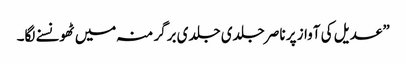
” عدیل کی آواز پر ناصر جلدی جلدی برگر منہ میں ٹھونسنے لگا۔